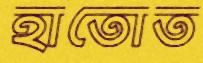
হাতোত